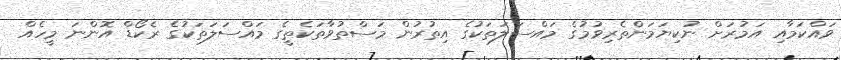
ވައްކަމާއި އަމުރަށް ނުކިޔަމަންތެރިވުމުގެ މައްސަލަތަކުގެ އިތުރުން މަސްތުވާތަކެތީގެ މައްސަލަތަކުގެ ރެކޯޑް އޮންނަ މީހެއް